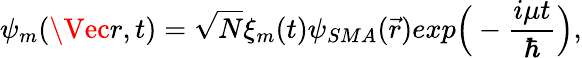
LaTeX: \psi_{m}(\Vec{r},t)=\sqrt{N}\xi_{m}(t)\psi_{SMA}(\vec{r})exp\Big(-\frac{i\mu t}{\hbar}\Big),